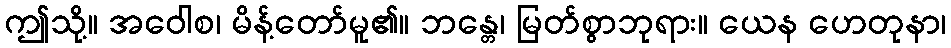
ဤသို့။ အဝေါစ၊ မိန့်တော်မူ၏။ ဘန္တေ၊ မြတ်စွာဘုရား။ ယေန ဟေတုနာ၊